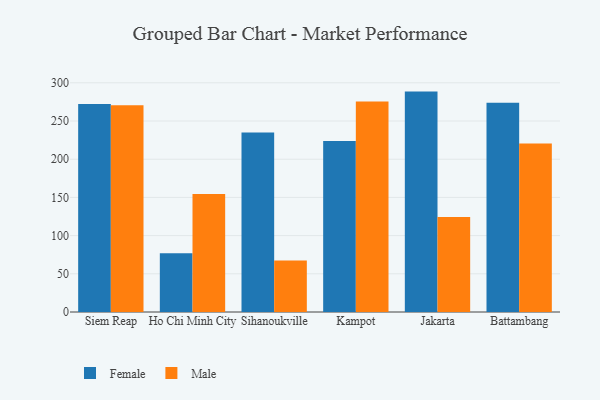
{"axis": {"x": "City", "y": "Operating Costs (USD K)"}, "legend": ["Female", "Male"], "data": [{"x": "Siem Reap", "y": 272.4, "type": "Female"}, {"x": "Siem Reap", "y": 270.6, "type": "Male"}, {"x": "Ho Chi Minh City", "y": 76.8, "type": "Female"}, {"x": "Ho Chi Minh City", "y": 154.4, "type": "Male"}, {"x": "Sihanoukville", "y": 234.8, "type": "Female"}, {"x": "Sihanoukville", "y": 67.3, "type": "Male"}, {"x": "Kampot", "y": 223.7, "type": "Female"}, {"x": "Kampot", "y": 275.7, "type": "Male"}, {"x": "Jakarta", "y": 288.5, "type": "Female"}, {"x": "Jakarta", "y": 124.2, "type": "Male"}, {"x": "Battambang", "y": 274.0, "type": "Female"}, {"x": "Battambang", "y": 220.5, "type": "Male"}]}